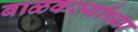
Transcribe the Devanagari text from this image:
बाळकर्व्यांच्या